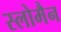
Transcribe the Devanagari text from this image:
स्लोमैन